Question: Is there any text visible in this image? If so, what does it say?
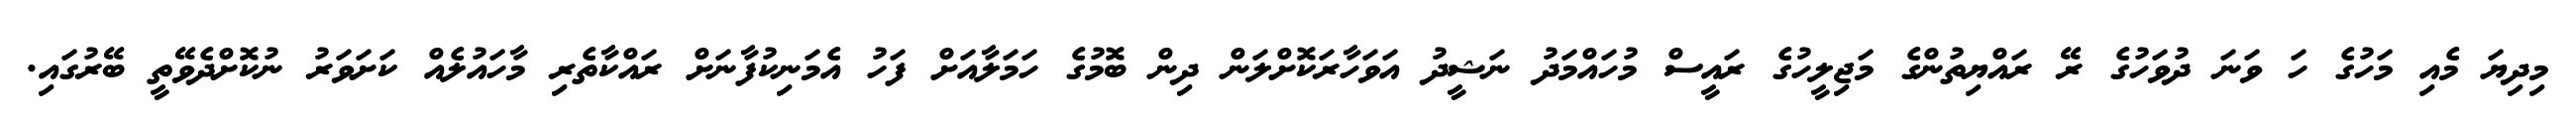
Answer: މިދިޔަ މެއި މަހުގެ ހަ ވަނަ ދުވަހުގެ ރޭ ރައްޔިތުންގެ މަޖިލީހުގެ ރައީސް މުހައްމަދު ނަޝީދު އަވަހާރަކޮށްލަން ދިން ބޮމުގެ ހަމަލާއަށް ފަހު އެމަނިކުފާނަށް ރައްކާތެރި މާހައުލެއް ކަށަވަރު ނުކޮށްދެވޭތީ ބޭރުގައި.